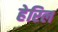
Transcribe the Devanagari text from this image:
हेरिल